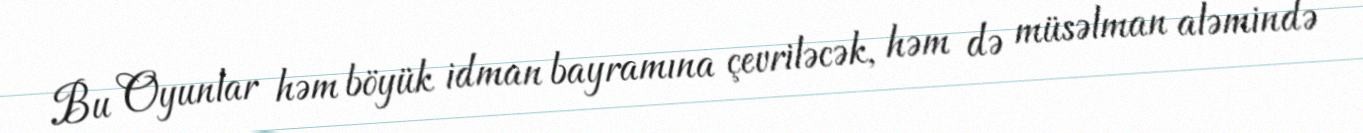
Bu Oyunlar həm böyük idman bayramına çevriləcək, həm də müsəlman aləmində